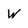
Character: W